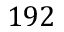
1 9 2